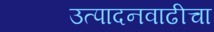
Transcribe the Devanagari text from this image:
उत्पादनवाढीचा